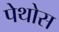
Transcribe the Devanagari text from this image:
पेथोस